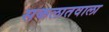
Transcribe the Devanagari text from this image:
सकलातवाला